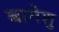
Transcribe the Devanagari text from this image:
बागेशु